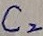
Text: C2